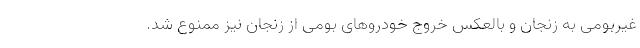
غیربومی به زنجان و بالعکس خروج خودروهای بومی از زنجان نیز ممنوع شد.